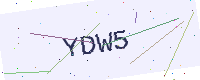
Text: YDW5